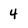
Character: 4